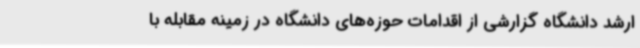
ارشد دانشگاه گزارشی از اقدامات حوزه‌های دانشگاه در زمینه مقابله با